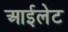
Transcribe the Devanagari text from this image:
आईलेट